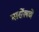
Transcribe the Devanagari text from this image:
मार्सेलचे